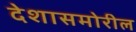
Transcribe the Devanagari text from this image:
देशासमोरील